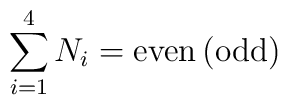
\sum_{i=1}^{4} N_i = \mbox{even\,(odd)}